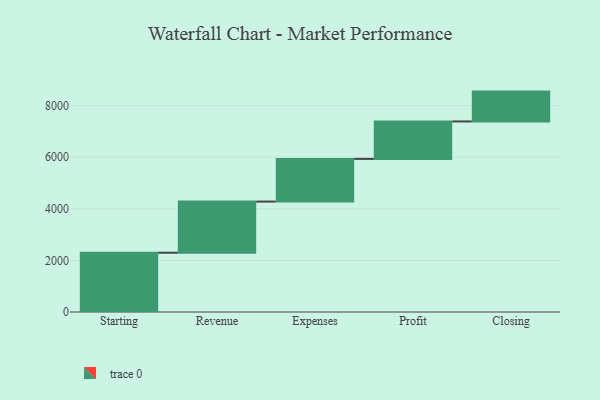
{"axis": {"x": "Step", "y": "Value"}, "legend": [""], "data": [{"x": "Starting", "y": 2298.0, "type": ""}, {"x": "Revenue", "y": 1984.0, "type": ""}, {"x": "Expenses", "y": 1655.0, "type": ""}, {"x": "Profit", "y": 1452.0, "type": ""}, {"x": "Closing", "y": 1157.0, "type": ""}]}